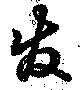
發